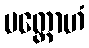
မတ္တောဟံ